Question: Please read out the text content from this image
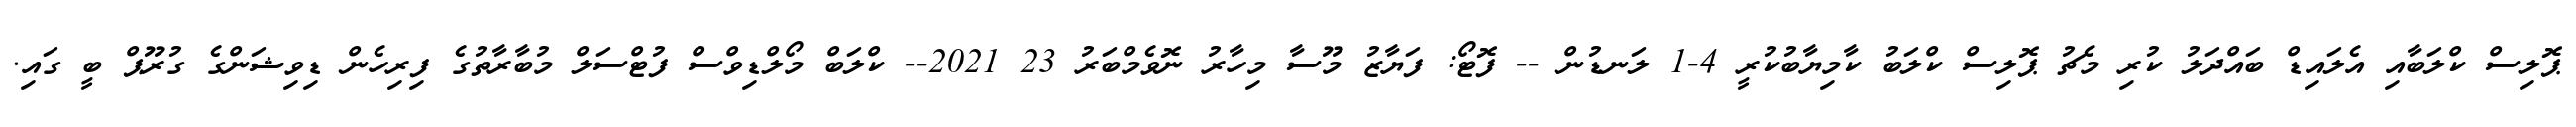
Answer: ޕޮލިސް ކްލަބާއި އެލައިޑް ބައްދަލު ކުރި މެޗު ޕޮލިސް ކްލަބު ކާމިޔާބުކުރީ 4-1 ލަނޑުން -- ފޮޓޯ: ފަޔާޒު މޫސާ މިހާރު ނޮވެމްބަރު 23 2021-- ކްލަބް މޯލްޑިވްސް ފުޓްސަލް މުބާރާތުގެ ފިރިހެން ޑިވިޝަންގެ ގުރޫޕް ބީ ގައި.